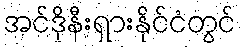
အင်ဒိုနီးရှားနိုင်ငံတွင်